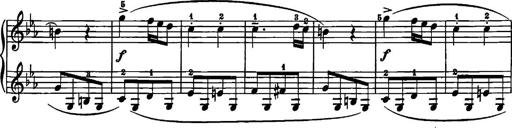
Title: 12 Sonatinas
Composer: Ignaz Pleyel